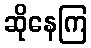
ဆိုနေကြ